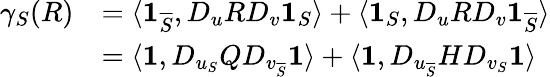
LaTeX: \begin{array}{rl}{\gamma_{S}(R)}&{=\langle\boldsymbol{1}_{\overline{{S}}},D_{u}RD_{v}\boldsymbol{1}_{S}\rangle+\langle\boldsymbol{1}_{S},D_{u}RD_{v}\boldsymbol{1}_{\overline{{S}}}\rangle}\\ &{=\langle\boldsymbol{1},D_{u_{S}}QD_{v_{\overline{{S}}}}\boldsymbol{1}\rangle+\langle\boldsymbol{1},D_{u_{\overline{{S}}}}HD_{v_{S}}\boldsymbol{1}\rangle}\end{array}